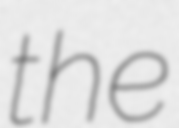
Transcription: the